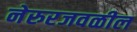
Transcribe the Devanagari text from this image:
नेरुरजवळील